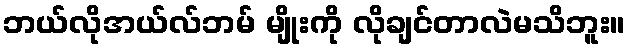
ဘယ်လိုအယ်လ်ဘမ် မျိုးကို လိုချင်တာလဲမသိဘူး။